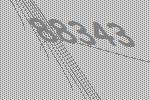
88343